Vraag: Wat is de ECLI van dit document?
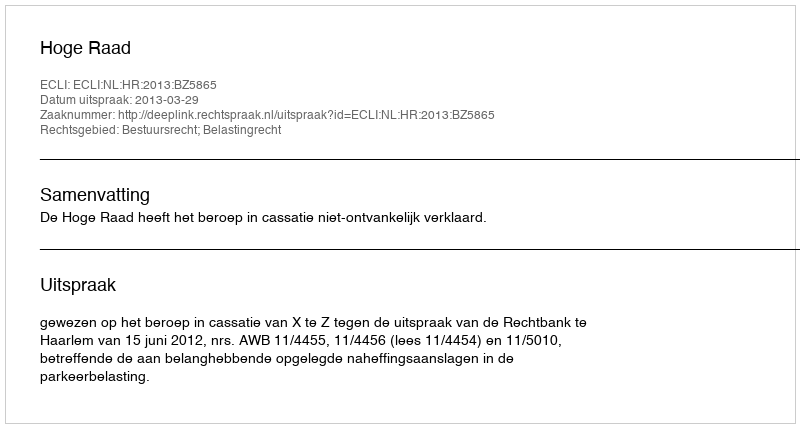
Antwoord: ECLI:NL:HR:2013:BZ5865